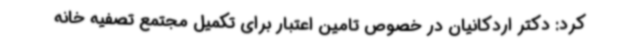
کرد: دکتر اردکانیان در خصوص تامین اعتبار برای تکمیل مجتمع تصفیه خانه